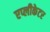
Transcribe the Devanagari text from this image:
एप्लीकेटर